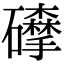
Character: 𥗘